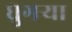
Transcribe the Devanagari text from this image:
घुगर्‍या